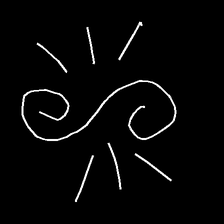
Glyph: wind-directs-air